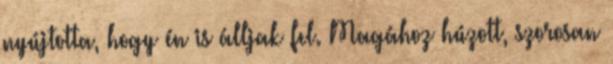
nyújtotta, hogy én is álljak fel. Magához húzott, szorosan